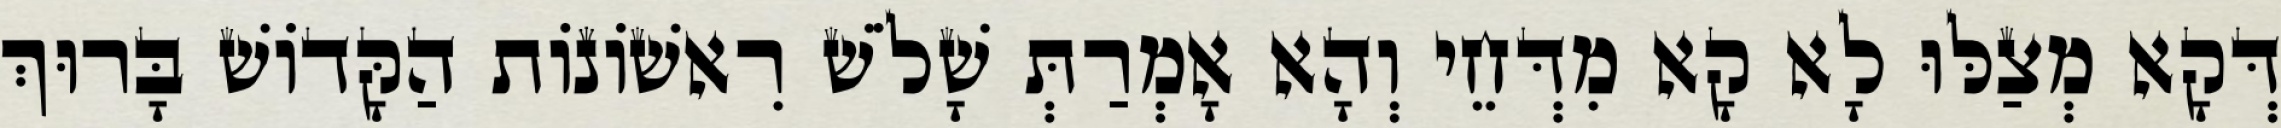
דְּקָא מְצַלּוּ לָא קָא מִדְּחֵי וְהָא אָמְרַתְּ שָׁלֹשׁ רִאשׁוֹנוֹת הַקָּדוֹשׁ בָּרוּךְ